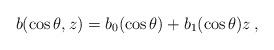
LaTeX: \begin{align*} b(\cos\theta, z)= b_0(\cos\theta)+ b_1(\cos\theta)z\,, \end{align*}